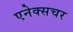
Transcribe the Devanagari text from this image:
एनेक्सचर